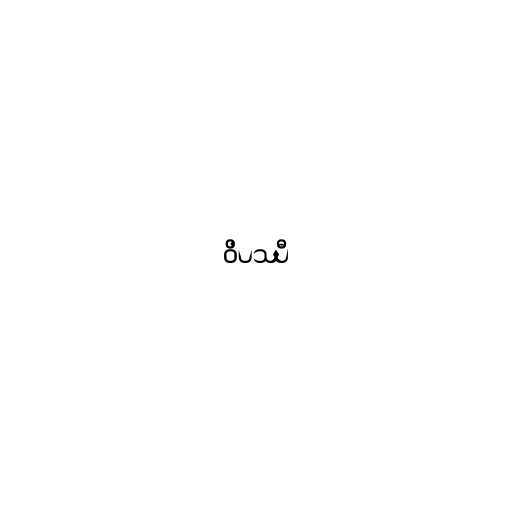
ဝိပဿီ